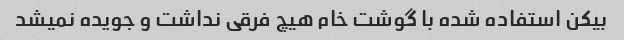
بیکن استفاده شده با گوشت خام هیچ فرقی نداشت و‌ جویده نمیشد